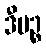
ဒီပဉ္စ